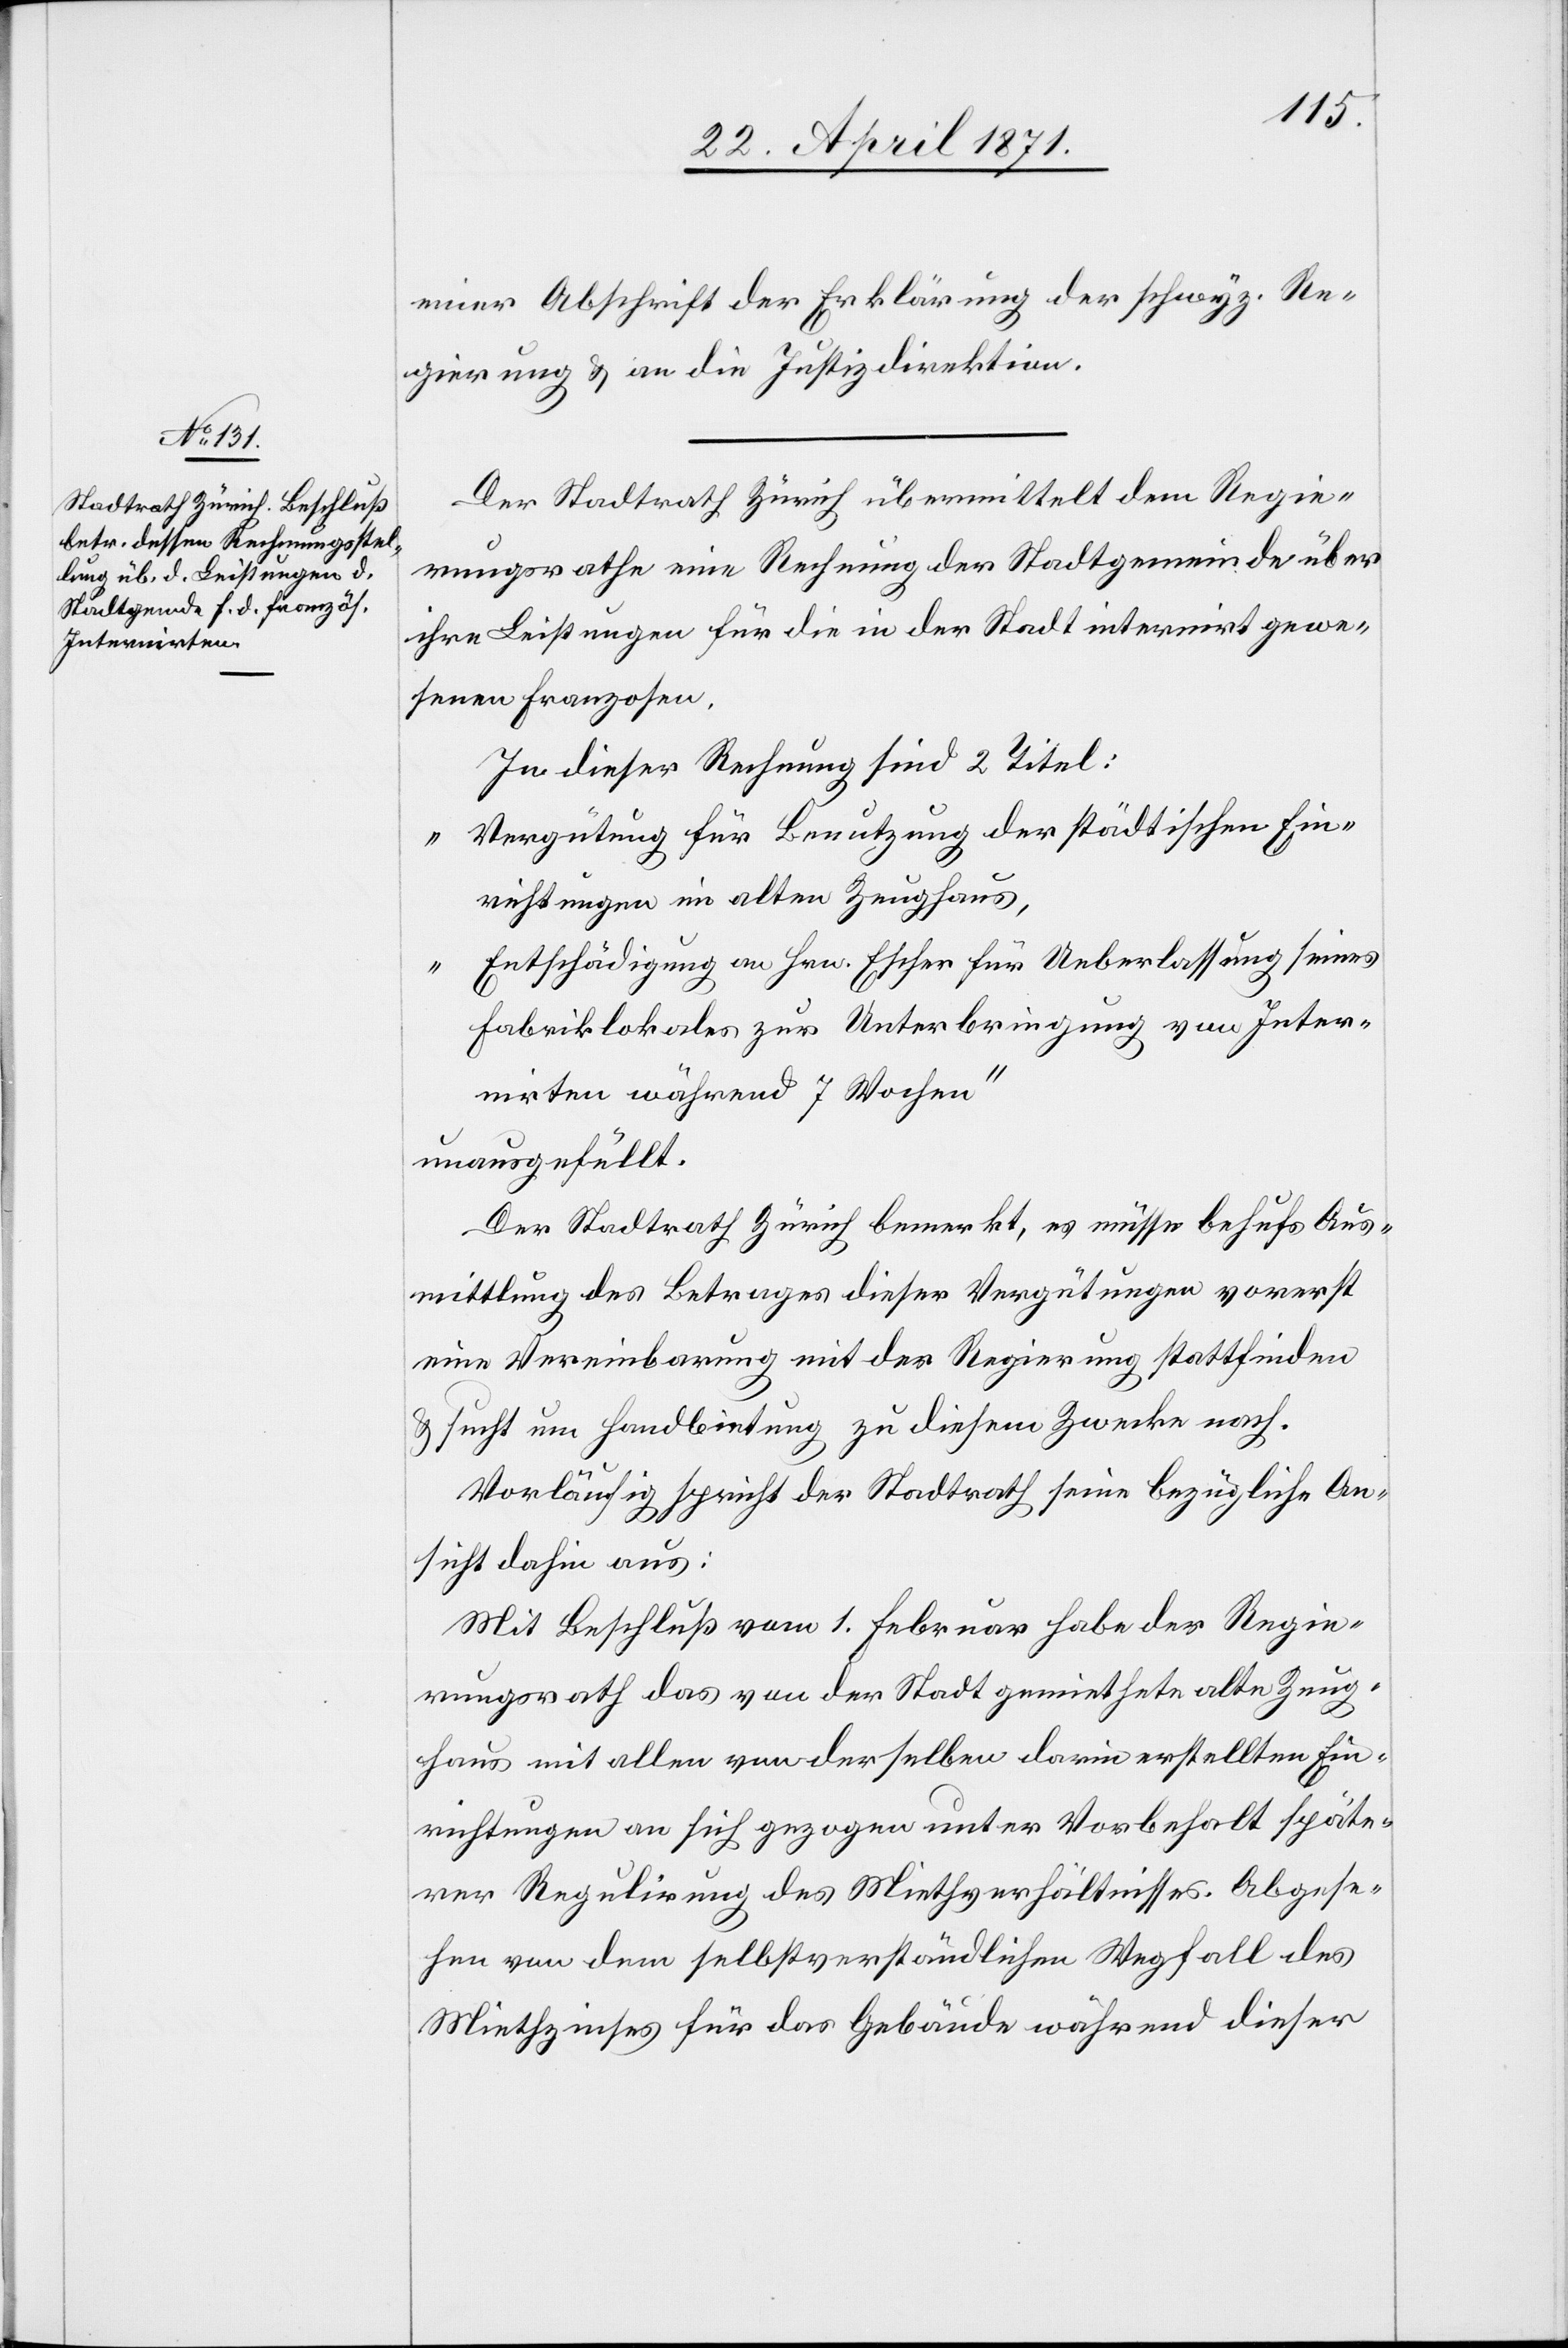
einer Abschrift der Erklärung der schwyz. Re¬
gierung u. an die Justizdirektion.
Der Stadtrath Zürich übermittelt dem Regie¬
rungsrathe eine Rechnung der Stadtgemeinde über
ihre Leistungen für die in der Stadt internirt gewe¬
senen Franzosen.
In dieser Rechnung sind 2 Titel:
„Vergütung für Benutzung der städtischen Ein¬
richtung im alten Zeughaus[“],
„Entschädigung an Hrn. Escher für Ueberlassung seines
Fabriklokales zur Unterbringung von Inter¬
nirten während 7 Wochen“
unausgefüllt.
Der Stadtrath Zürich bemerkt, es müsse behufs Aus¬
mittlung des Betrages dieser Vergütung vorerst
eine Vereinbarung mit der Regierung stattfinden
u. sucht um Handbietung zu diesem Zwecke nach.
Vorläufig spricht der Stadtrath seine bezügliche An¬
sicht dahin aus:
Mit Beschluß vom 1. Februar habe der Regie¬
rungsrath das von der Stadt gemiethete alte Zeug¬
haus mit allen von derselben darin erstellten Ein¬
richtungen an sich gezogen unter Vorbehalt späte¬
rer Regulirung des Miethverhältnisses. Abgese¬
hen von dem selbstverständlichen Wegfall des
Miethzinses für das Gebäude während dieser